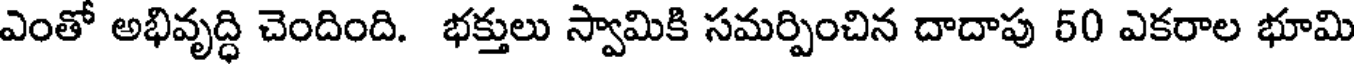
ఎంతో అభివృద్ధి చెందింది. భక్తులు స్వామికి సమర్పించిన దాదాపు 50 ఎకరాల భూమి